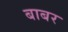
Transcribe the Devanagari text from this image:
बाबर